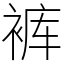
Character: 裤